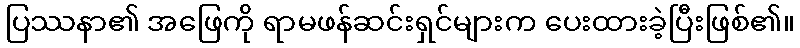
ပြဿနာ၏ အဖြေကို ရာမဖန်ဆင်းရှင်များက ပေးထားခဲ့ပြီးဖြစ်၏။